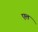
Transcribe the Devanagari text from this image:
एलं